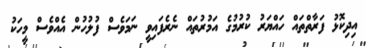
އިދިކޮޅު ފަރާތްތައް ހައްޔަރު ކުރުމުގެ އަމުރުތައް ނެރެފައިވީ ނަމަވެސް ފުލުހުން އެއްވެސް މީހަކު